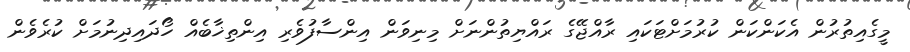
މީގެއިތުރުން އެކަންކަން ކުރުމަށްޓަކައި ރާއްޖޭގެ ރައްޔިތުންނަށް މިނިވަން އިންސާފުވެރި އިންތިޚާބެއް ހޯދައިދިނުމަށް ކުރެވެން